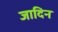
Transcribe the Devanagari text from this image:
जादिन